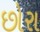
છોરા